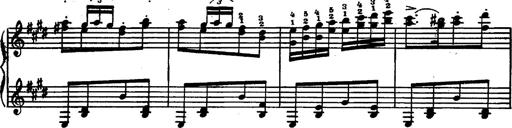
Title: Magyar rapszÃ³diÃ¡k
Composer: Franz Liszt